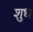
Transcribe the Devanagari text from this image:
शुध